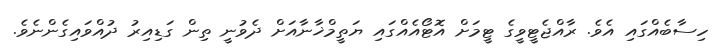
ހިސާބެއްގައި އެވެ. ރާއްޖެޓީވީގެ ޓީމަށް އޮޓޯއެއްގައި ޔަތީމްޚާނާއަށް ދެވުނީ ތިން ގަޑިއިރު ދުއްވައިގެންނެވެ.